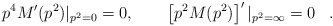
\begin{align*}p^4 M^\prime(p^2)|_{p^2=0}=0,\qquad \left[p^2 M(p^2)\right]^\prime|_{p^2=\infty}=0\;\;\;.\end{align*}